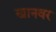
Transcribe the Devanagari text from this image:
खानवर